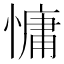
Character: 慵